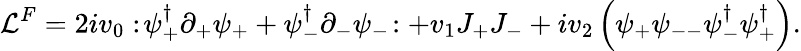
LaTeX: {\cal L}^{F}=2iv_{0}:\! \psi_{+}^{\dagger}\partial_{+}\psi_{+}+\psi_{-}^{\dagger}\partial_{-}\psi_{-}\! :+v_{1}J_{+}J_{-}+iv_{2}\left(\psi_{+}\psi_{--}\psi_{-}^{\dagger}\psi_{+}^{\dagger}\right).